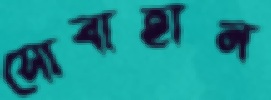
সোবাহান